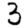
Digit: 3